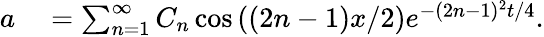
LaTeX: \begin{array}{rl}{a}&{{}=\sum_{n=1}^{\infty}C_{n}\cos\left((2n-1)x/2\right)e^{-(2n-1)^{2}t/4}.}\end{array}